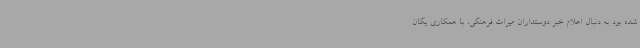
شده بود به دنبال اعلام خبر دوستداران میراث فرهنگی، با همکاری یگان